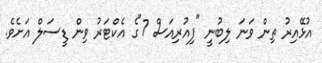
އުޅޭއިރު ތިން ވަނަ ލިބުނީ "ފިއުރިއަސް 7"ގެ އެކްޓަރު ވިން ޑީސަލް އަށެވެ.